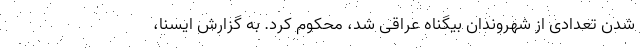
شدن تعدادی از شهروندان بیگناه عراقی شد، محکوم کرد. به گزارش ایسنا،